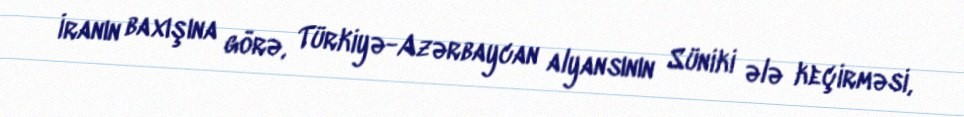
İranın baxışına görə, Türkiyə-Azərbaycan alyansının Süniki ələ keçirməsi,